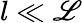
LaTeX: l\ll\mathscr{L}